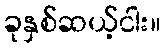
ခုနှစ်ဆယ့်ငါး။